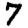
Digit: 7